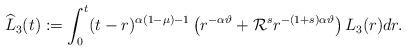
LaTeX: \begin{align*}\widehat{{L}}_3(t):= \int_0^t (t-r)^{\alpha(1-\mu )-1} \left(r^{-\alpha \vartheta } + {\mathcal R}^{s}r^{-(1+s)\alpha \vartheta } \right) {{L}}_3(r) dr. \end{align*}